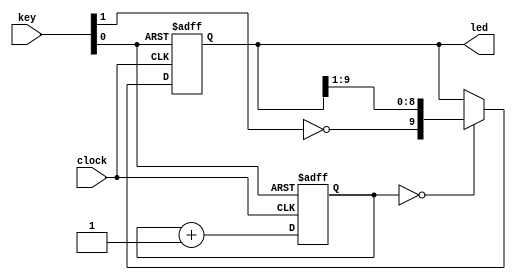
//----------------------------------------------------------------------------
//
//  Exercise   9. Shift register
//
//   9.  
//
//----------------------------------------------------------------------------

//----------------------------------------------------------------------------
//
//  Exercise 9.1. All components in one module
//
//   2.1.     
//
//----------------------------------------------------------------------------

module top_1
(
    input        clock, // Clock signal 50 MHz //   50 
    input  [1:0] key,   // Two buttons         //  
    output [9:0] led    // LEDs                // 
);

    wire reset_n = key [0];
    wire button  = ! key [1];

    /**
     * Counter
     */
    reg [21:0] counter;

    always @(posedge clock or negedge reset_n)
    begin
        if (! reset_n)
            counter <= 22'b0;
        else
            counter <= counter + 22'b1;
    end

    wire shift_enable = (counter [21:0] == 22'b0);

    /**
     * Shift register
     */
    reg [9:0] shift_reg;
    
    always @(posedge clock or negedge reset_n)
    begin
        if (! reset_n)
            shift_reg <= 10'b0;
        else if (shift_enable)
            shift_reg <= { button, shift_reg [9:1] };
    end

    assign led = shift_reg;

endmodule

//----------------------------------------------------------------------------
//
//  Exercise 9.2. With module for timer
//
//   9.2.     
//
//----------------------------------------------------------------------------

module timer
(
    input clock_50_mhz,
    input reset_n,
    output strobe_with_period_0_35_second
);

    reg [21:0] counter;

    always @(posedge clock_50_mhz or negedge reset_n)
    begin
        if (! reset_n)
            counter <= 22'b0;
        else
            counter <= counter + 22'b1;
    end

    assign strobe_with_period_0_35_second = (counter [21:0] == 22'b0);

endmodule

//--------------------------------------------------------------------
    
module top_2
(
    input        clock, // Clock signal 50 MHz //   50 
    input  [1:0] key,   // Two buttons         //  
    output [9:0] led    // LEDs                // 
);

    wire reset_n = key [0];
    wire button  = ! key [1];

    wire shift_enable;

    timer timer_i
    (
        .clock_50_mhz                   ( clock        ),
        .reset_n                        ( reset_n      ),
        .strobe_with_period_0_35_second ( shift_enable )
    );

    /**
     * Shift register
     */
    reg [9:0] shift_reg;
    
    always @(posedge clock or negedge reset_n)
    begin
        if (! reset_n)
            shift_reg <= 10'b0;
        else if (shift_enable)
            shift_reg <= { button, shift_reg [9:1] };
    end

    assign led = shift_reg;

endmodule

//----------------------------------------------------------------------------
//
//  Exercise 9.3. With module for timer and shift register
//
//   9.3.        
//
//----------------------------------------------------------------------------

module shift
(
    input        clock_50_mhz,
    input        reset_n,
    input        shift_enable,
    input        button,
    output reg [9:0] shift_reg
);

    reg [9:0] counter;

    always @(posedge clock_50_mhz or negedge reset_n)
    begin
        if (! reset_n)
            shift_reg <= 10'b0;
        else if (shift_enable)
            shift_reg <= { button, shift_reg [9:1] };
    end

endmodule

//--------------------------------------------------------------------
    
module top
(
    input        clock, // Clock signal 50 MHz //   50 
    input  [1:0] key,   // Two buttons         //  
    output [9:0] led    // LEDs                // 
);

    wire reset_n = key [0];
    wire button  = ! key [1];
    wire shift_enable;

    timer timer_i
    (
        .clock_50_mhz                   ( clock        ),
        .reset_n                        ( reset_n      ),
        .strobe_with_period_0_35_second ( shift_enable )
    );

    shift shift_i
    (
        .clock_50_mhz                   ( clock        ),
        .reset_n                        ( reset_n      ),
        .shift_enable                   ( shift_enable ),
        .button                         ( button       ),
        .shift_reg                      ( led          )
    );

endmodule